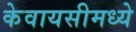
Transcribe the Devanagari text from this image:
केवायसीमध्ये